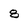
Character: 8